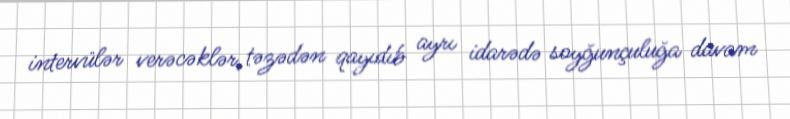
intervülər verəcəklər, təzədən qayıdıb ayrı idarədə soyğunçuluğa davam